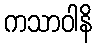
ကသာဝါနိ